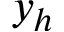
y _ { h }